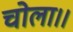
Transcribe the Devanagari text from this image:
चोला।।